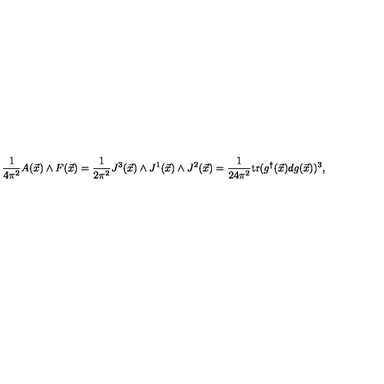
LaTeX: \frac { 1 } { 4 \pi ^ { 2 } } A ( \vec { x } ) \wedge F ( \vec { x } ) = \frac { 1 } { 2 \pi ^ { 2 } } J ^ { 3 } ( \vec { x } ) \wedge J ^ { 1 } ( \vec { x } ) \wedge J ^ { 2 } ( \vec { x } ) = \frac { 1 } { 2 4 \pi ^ { 2 } } \mathrm { t r } ( g ^ { \dagger } ( \vec { x } ) d g ( \vec { x } ) ) ^ { 3 } ,